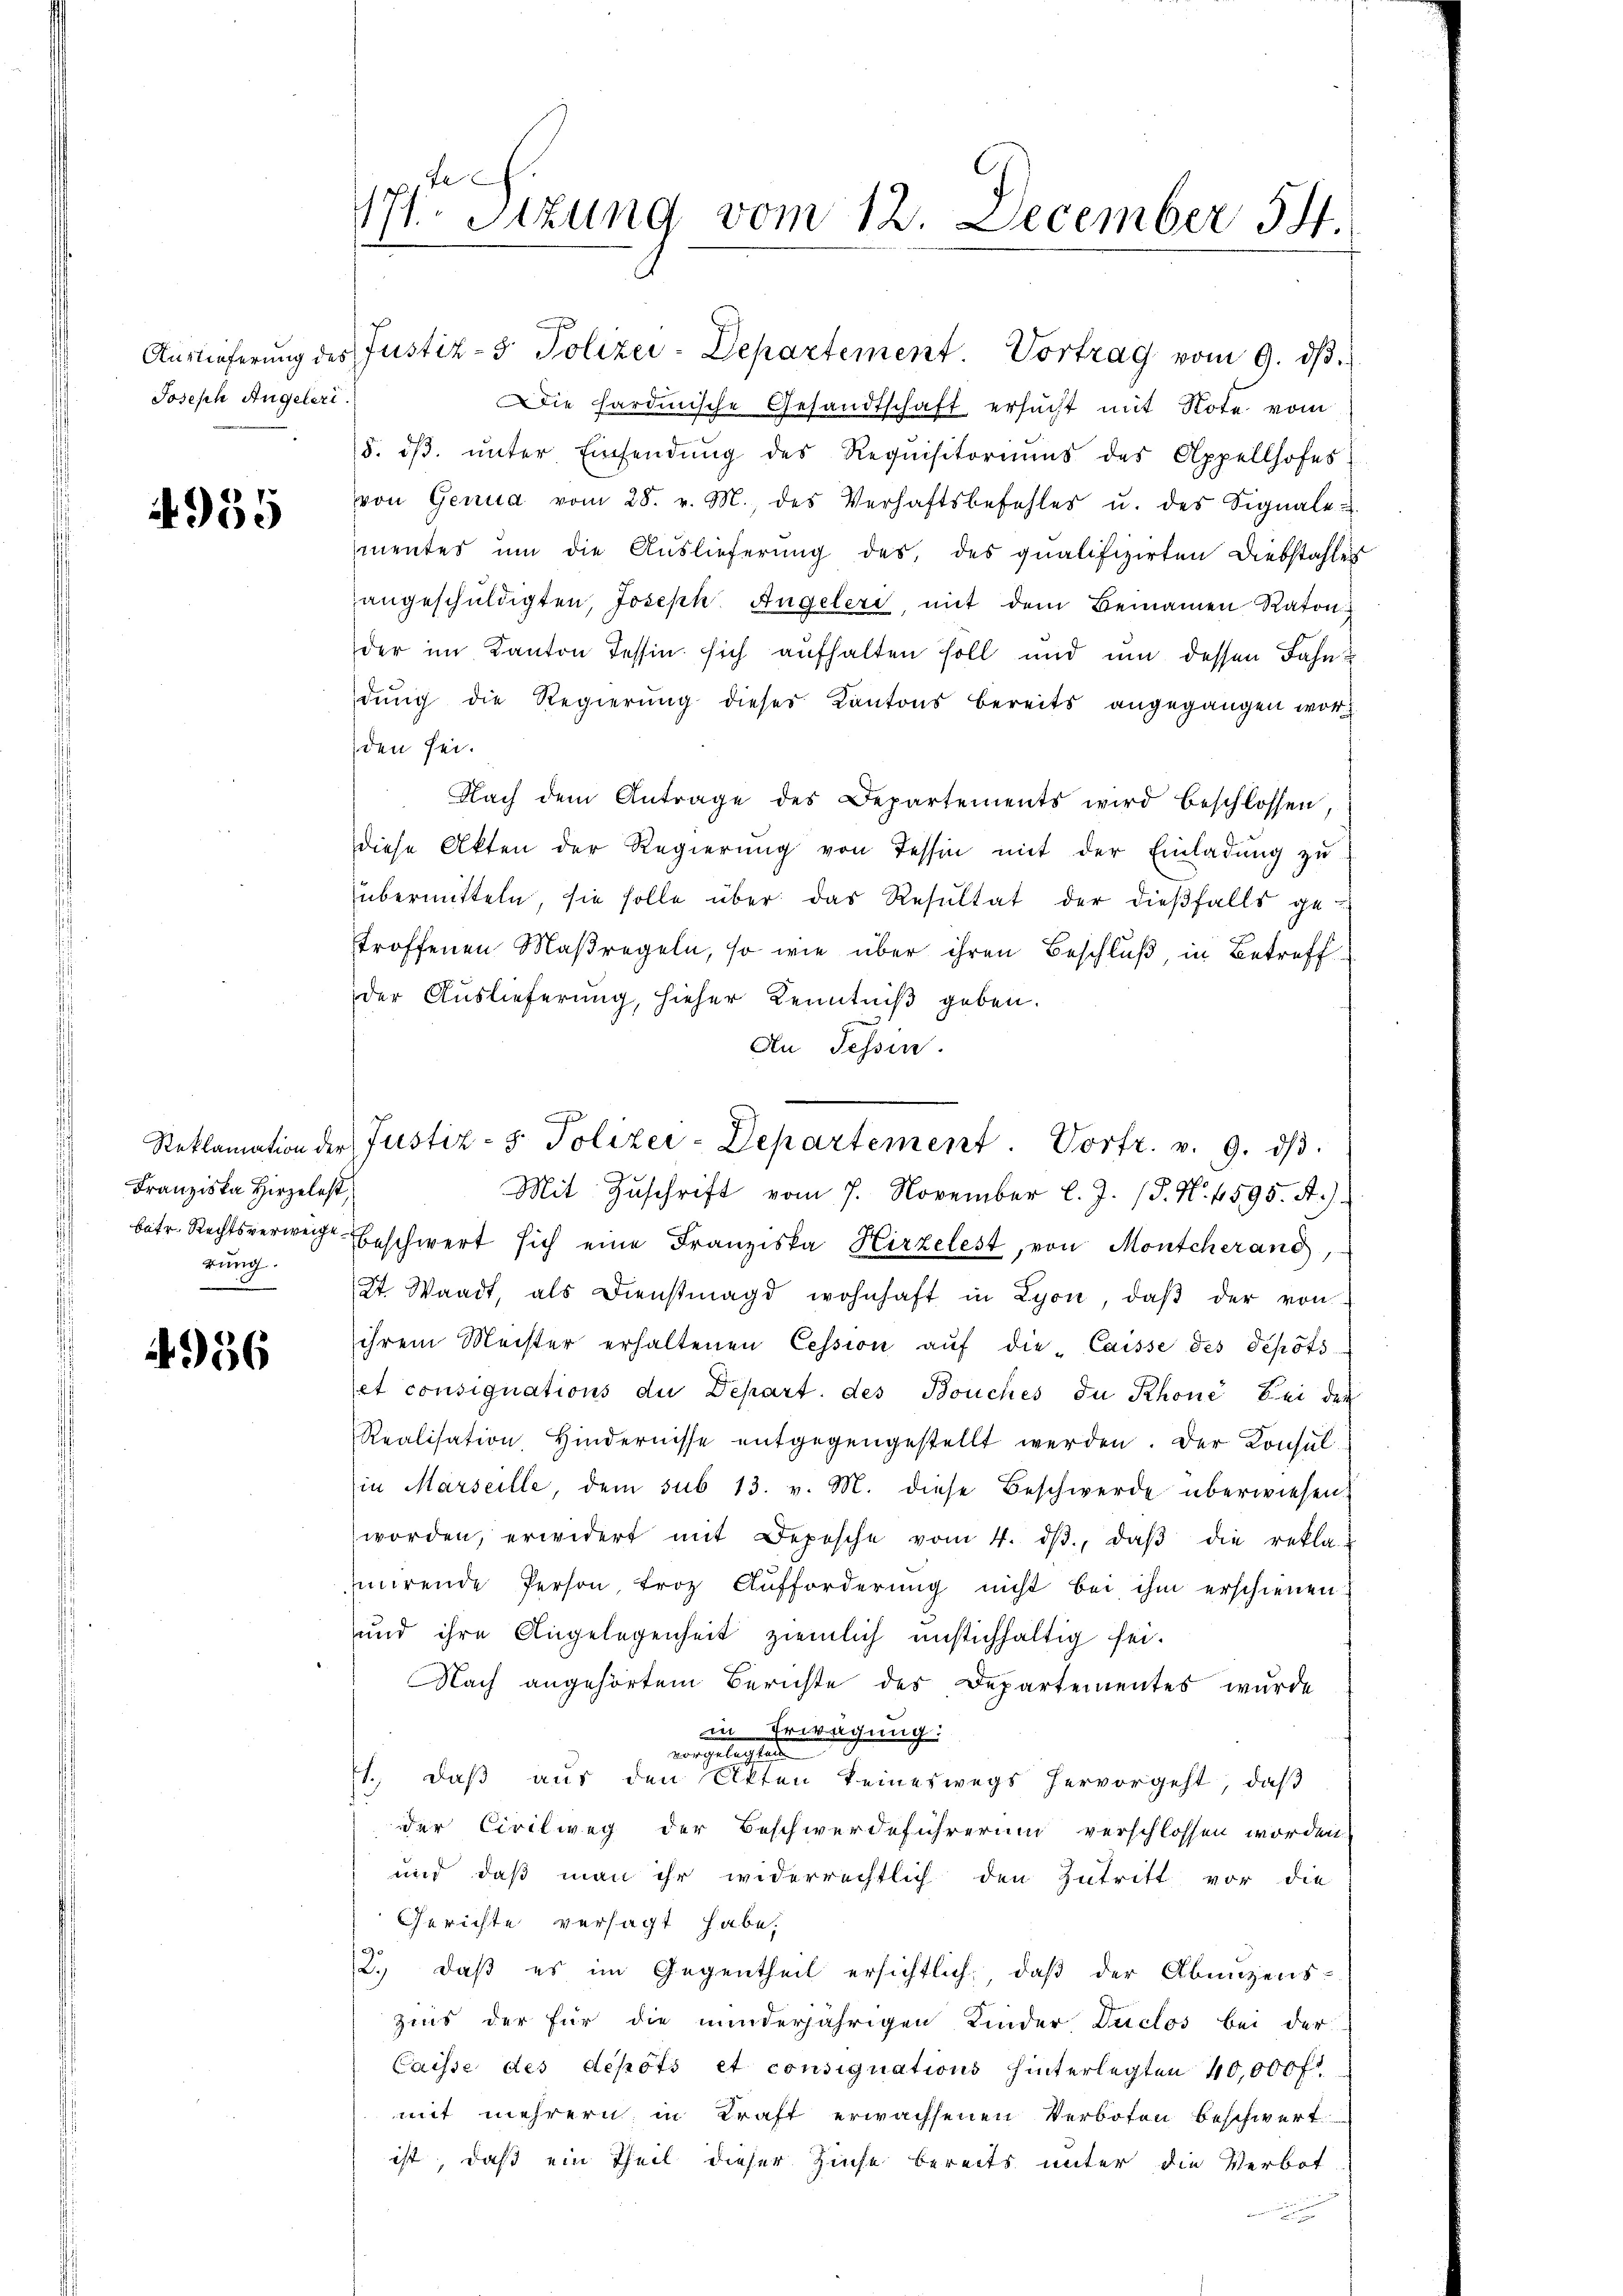
Joseph Angeleri

4955

Franziska Hirzelest,
rung.

4956

171. Sitzung vom 12. December 54.

Auslieferung des Justiz- & Polizei-Departement. Vortrag vom 9. dβ.
Die hardinische Gesandtschaft ersucht mit Note vom
8. dβ. ŭnter Einsendŭng des Requisitoriums des Appellhofes
von Genua vom 28. v. M., des Verhaftsbefehles u. des Signale u
mentes um die Auslieferung des, des qualifizirten Diebstahles
angeschuldigten, Joseph Angeleri, mit dem Bemainen Raton
der im Kanton Tessin sich aufhalten soll und um dessen Fahn
dŭng die Regierŭng dieses Kantons bereits angegangen wor
den sei.
Nach dem Antrage des Departements wird beschlossen
diese Akten der Regierung von Tessin mit der Einladung zu
übermitteln, sie solle über das Resultat der dießfalls ge-
troffenen Maßregeln, so wie über ihren Beschluß in Betreff
der Auslieferung, hieher Kenntniß geben.
An Tessin.
Mit Zuschrift vom 7. November l. J. 18. No. 4595. A.).
betr. Rechtsverweige beschwert sich eine Franziska Hirzelest, von Montcherang,
Kt. Waadt, als Dienstmagd wohnhaft in Lyon, daß der von
ihrem Meister erhaltenen Cession aŭf die-Caisse des Depots
set consignations der Depart. des Bouches die Rhone Bei der
Realisation, Hindernisse entgegengestellt werden. Der Konsul-
in Marseille, dem sub 13. v. M. diese Beschwerde überwiesen.
worden, erwidert mit Depesche vom 4. dβ, daβ die rekla-
mirende Person, troz. Aŭfforderŭng nicht bei ihm erschienen
und ihre Angelegenheit ziemlich unstichhaltig sei.
Nach angehörtem Berichte des Departementes wurde
in Erwägung:
vorgelegten
1., daß aus den Akten keineswegs hervorgeht, daβ
der Civilweg der Beschwerdeführerung verschlossen worden.
und daß man ihr widerrechtlich den Zutritt vor die
Gerichte versagt habe,
2.) daß es im Gegentheil ersichtlich, daß der Abenzens-
Zins der für die minderjährigen Kinder Duclos bei der
Caisse des depots et consignations hinterlegten 40,000 fl.
mit mehrern in Kraft erwachsenen Verboten beschwert
ist, daß ein Theil dieser Zinse bereits unter die Verbot
¬

r
Reklamation der Justiz- & Polizei-Departement. Vortr. v. 9. dβ.